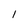
Character: l